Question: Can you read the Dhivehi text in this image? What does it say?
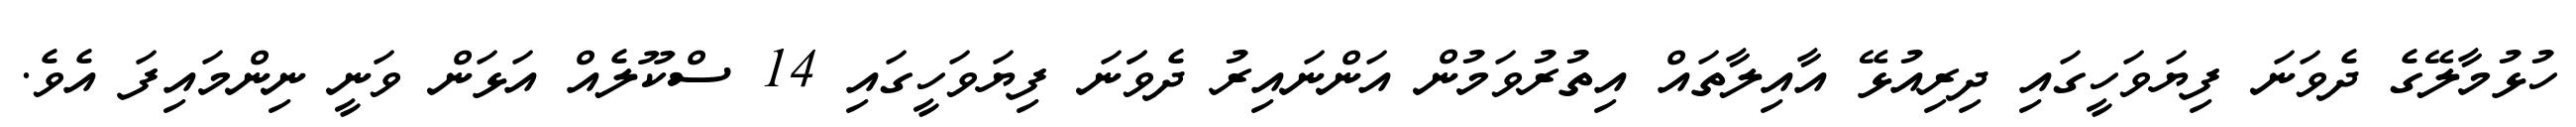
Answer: ހުޅުމާލޭގެ ދެވަނަ ފިޔަވަހީގައި ދިރިއުޅޭ އާއިލާތައް އިތުރުވަމުން އަންނައިރު ދެވަަނަ ފިޔަވަހީގައި 14 ސްކޫލެއް އަޅަން ވަނީ ނިންމައިފަ އެވެ.